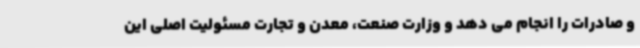
و صادرات را انجام می دهد و وزارت صنعت، معدن و تجارت مسئولیت اصلی این